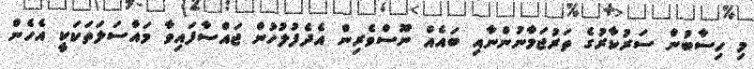
މި ހިސާބުން ސަރުކާރުގެ ތަރުޖަމާނުންނާއި ބައެއް ނޫސްވެރިން އެދެފުލުހުން ޖައްސާފައިވާ މައްސަލަތަކަކީ އެހެން